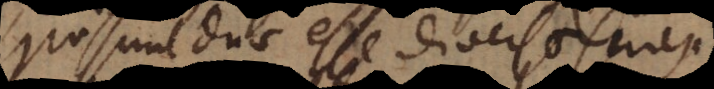
Possunt duae esse diversae